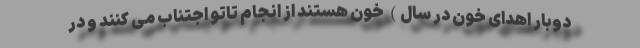
دوبار اهدای خون در سال) خون هستند از انجام تاتو اجتناب می کنند و در